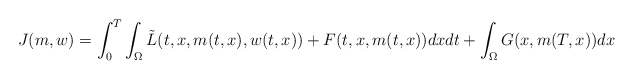
\begin{align*}J(m,w) = \int_0^T \int_\Omega \tilde{L}(t,x,m(t,x),w(t,x)) + F(t,x,m(t,x)) dx dt + \int_{\Omega} G(x,m(T,x))dx\end{align*}